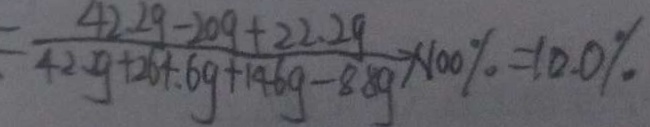
= \frac { 4 2 . 2 g - 2 0 g + 2 2 . 2 g } { 4 2 . 2 g + 2 6 4 . 6 g + 1 4 6 g - 8 . 8 g } \times 1 0 0 \% = 1 0 . 0 \%